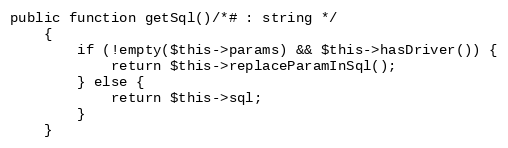
Language: PHP
public function getSql()/*# : string */
    {
        if (!empty($this->params) && $this->hasDriver()) {
            return $this->replaceParamInSql();
        } else {
            return $this->sql;
        }
    }